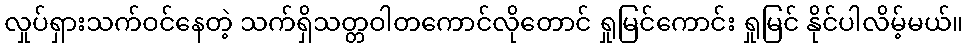
လှုပ်ရှားသက်ဝင်နေတဲ့ သက်ရှိသတ္တဝါတကောင်လိုတောင် ရှုမြင်ကောင်း ရှုမြင် နိုင်ပါလိမ့်မယ်။